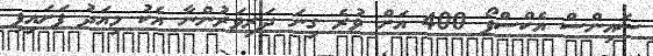
ސައިންސް އެކްސްޕޯ 400 އަށް ވުރެ ގިނަ ދަރިވަރުންނާ އެކު މިއަދު ފަށައިފި